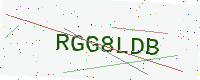
Text: RGG8LDB